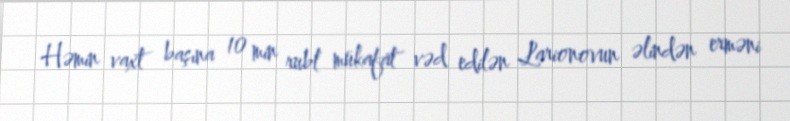
Həmin vaxt başına 10 min rubl mükafat vəd edilən Larionovun əlindən erməni